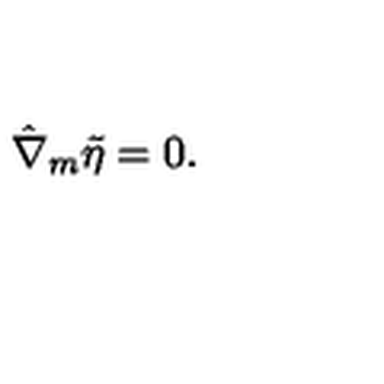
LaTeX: \hat { \nabla } _ { m } \tilde { \eta } = 0 .